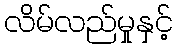
လိမ်လည်မှုနှင့်